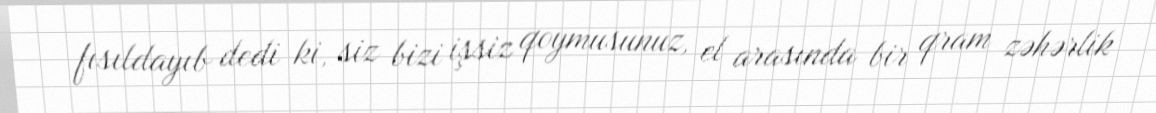
fısıldayıb dedi ki, siz bizi işsiz qoymusunuz, el arasında bir qram zəhərlik